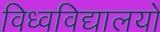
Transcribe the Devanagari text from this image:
विध्वविद्यालयों